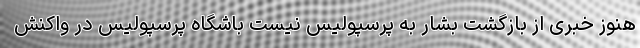
هنوز خبری از بازگشت بشار به پرسپولیس نیست باشگاه پرسپولیس در واکنش